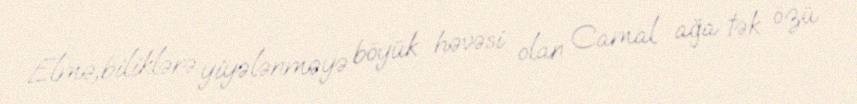
Elmə,biliklərə yiyələnməyə böyük həvəsi olan Camal ağa tək özü